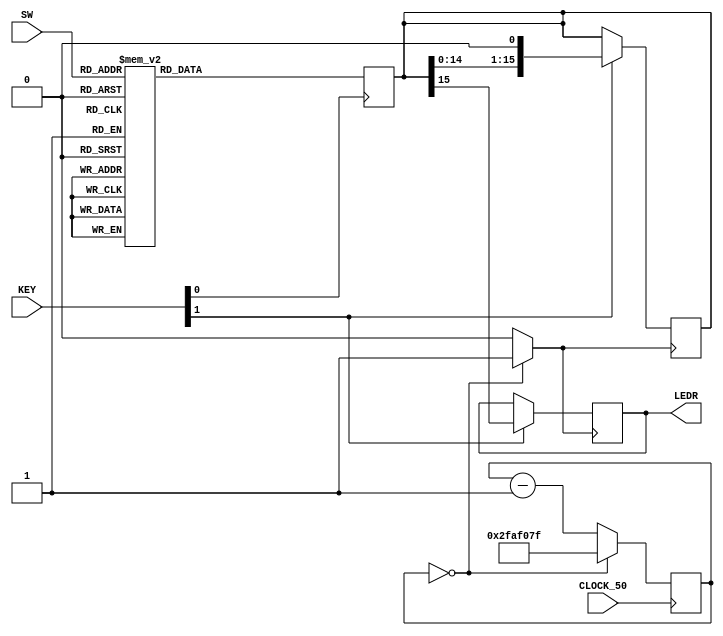
module Lab5P3(KEY, SW, LEDR, CLOCK_50);
	input [2:0] SW;
	input [1:0] KEY;
	output reg [0:0] LEDR = 1'b0;
	input CLOCK_50;
	
	reg [15:0] pattern;
	reg [25:0] count = 26'd49999999;
	
	wire clk;
	always @(posedge KEY[0])
	begin
		case (SW[2:0])
			3'b000: pattern[15:0] = 16'b1010100000000000;
			3'b001: pattern[15:0] = 16'b1110000000000000;
			3'b010: pattern[15:0] = 16'b1010111000000000;
			3'b011: pattern[15:0] = 16'b1010101110000000;
			3'b100: pattern[15:0] = 16'b1011101110000000;
			3'b101: pattern[15:0] = 16'b1110101011100000;
			3'b110: pattern[15:0] = 16'b1110101110111000;
			3'b111: pattern[15:0] = 16'b1110111010100000;
		endcase
	end
	
	assign clk = (count == 0) ? 1 : 0;
	
	always @(posedge CLOCK_50)
	begin
		if (count == 0)
			count <= 26'd49999999;
		else
			count <= count - 1;
	end
	
	always @(posedge clk)
	begin
		if (KEY[1] == 1'b1)
			begin
				LEDR[0] <= pattern[15];
				pattern <= pattern << 1;
			end
	end
endmodule